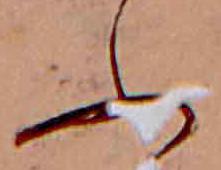
ふ